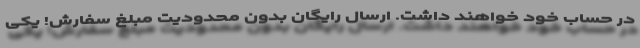
در حساب خود خواهند داشت. ارسال رایگان بدون محدودیت مبلغ سفارش! یکی